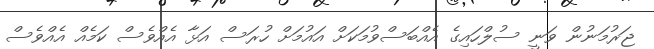
ޖަރުމަނުން ވަނީ ސުލްހައިގެ އެއްބަސްވުމަކަށް އައުމަށް ހުރަސް އަޅާ އެއްވެސް ކަމެއް އެއްވެސް